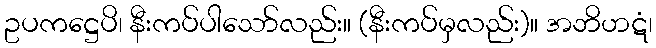
ဥပကဋ္ဌေပိ၊ နီးကပ်ပါသော်လည်း။ (နီးကပ်မှလည်း)။ အဘိဟဋံ၊